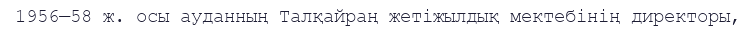
1956—58 ж. осы ауданның Талқайраң жетіжылдық мектебінің директоры,